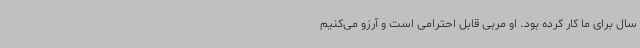
سال برای ما کار کرده بود. او مربی قابل احترامی است و آرزو می‌کنیم